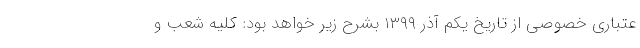
عتباری خصوصی از تاریخ یکم آذر ۱۳۹۹ بشرح زیر خواهد بود: کلیه شعب و